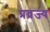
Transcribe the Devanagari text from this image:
प्रव्रज्य